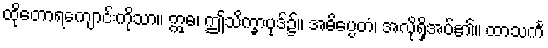
ထိုတောရကျောင်းကိုသာ။ ဣဓ၊ ဤသိက္ခာပုဒ်၌။ အဓိပ္ပေတံ၊ အလိုရှိအပ်၏။ ထာသင်္က